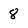
Character: 8